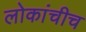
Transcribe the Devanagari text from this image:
लोकांचीच